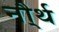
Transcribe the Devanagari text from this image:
नौ्र्थ